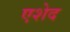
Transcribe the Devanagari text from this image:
एशेद